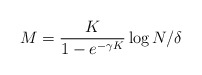
\begin{align*}M = \frac{K}{1-e^{-\gamma K }} \log N/\delta\end{align*}